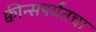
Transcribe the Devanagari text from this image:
क्वीन्सपर्यंतचा